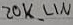
Text: 20K_LIN